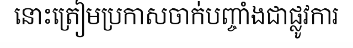
នោះត្រៀមប្រកាសចាក់បញ្ចាំងជាផ្លូវការ